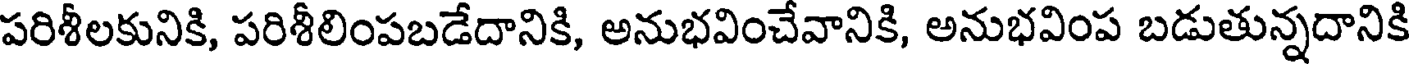
పరిశీలకునికి, పరిశీలింపబడేదానికి, అనుభవించేవానికి, అనుభవింప బడుతున్నదానికి